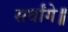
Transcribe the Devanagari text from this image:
सर्वांगे॥